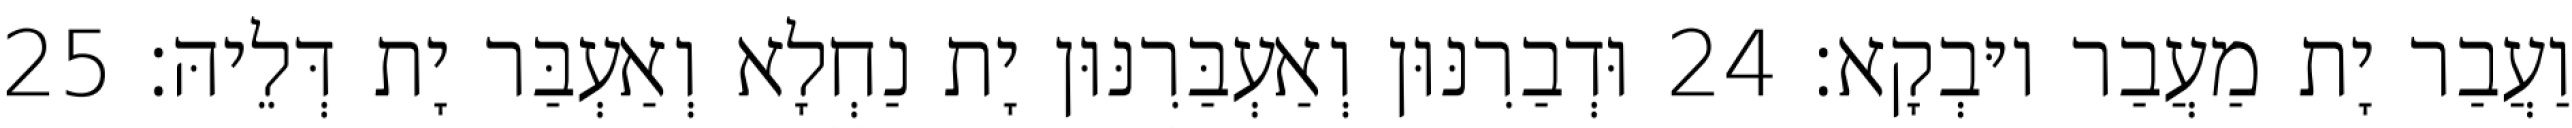
וַעֲבַר יָת מַעֲבַר יוּבְקָא׃ 24 וּדְבַרִנּוּן וְאַעְבַּרִנּוּן יָת נַחְלָא וְאַעְבַּר יָת דְּלֵיהּ׃ 25